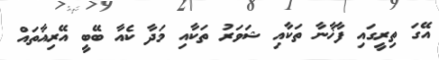
އޭގަ ތިރީގައި ފާޚާނާ ތަކާއި ޝަވަރު ތަކާއި މަދާ ކެއާ ބޭބީ އޭރިއާތައް